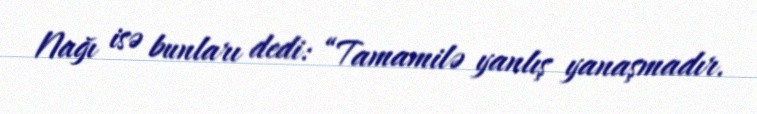
Nağı isə bunları dedi: “Tamamilə yanlış yanaşmadır.